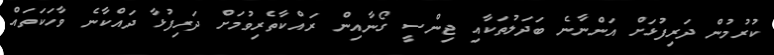
ކުރުމުން ދަރިފުޅަށް އަންނާނެ ބަދަލުތަކާއި ޖިންސީ ގޯނާއިން ރައްކާތެރިވުމަށް ދަރިފުޅާ ދައްކާނެ ވާހަކަތައް